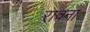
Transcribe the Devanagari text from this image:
रावना